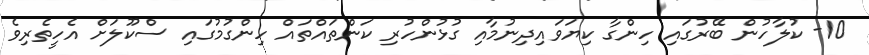
10- ކުލާހުން ބޭރުގައި ހިންގާ ކިޔަވައިދިނުމާއި ގުޅުންހުރި ކަންތައްތައް ހިންގުމުގައި ސްކޫލަށް އެހީތެރިވެ